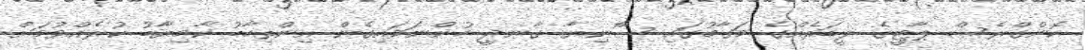
ކޮންގްރެސް ޕާޓީގެ ލީޑަރެއްގެ މަގާމުގައި ސޯނިޔާ ގާނދީ ހުންނަވައިގެން އިންތިހާބު ކާމިޔާބު ކުރެއްވުމަށް